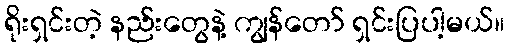
ရိုးရှင်းတဲ့ နည်းတွေနဲ့ ကျွန်တော် ရှင်းပြပါ့မယ်။